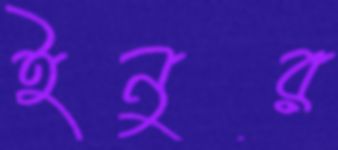
ইনুর